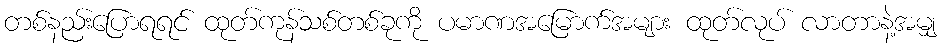
တစ်နည်းပြောရရင် ထုတ်ကုန်သစ်တစ်ခုကို ပမာဏအမြောက်အများ ထုတ်လုပ် လာတာနဲ့အမျှ